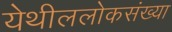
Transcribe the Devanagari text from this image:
येथीललोकसंख्या